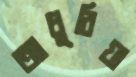
আধুরিয়া